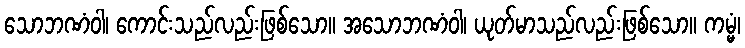
သောဘဏံဝါ၊ ကောင်းသည်လည်းဖြစ်သော။ အသောဘဏံဝါ၊ ယုတ်မာသည်လည်းဖြစ်သော။ ကမ္မံ၊